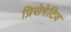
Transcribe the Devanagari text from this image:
प्रिरोगेटिव